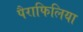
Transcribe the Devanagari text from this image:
पैराफिलिया